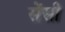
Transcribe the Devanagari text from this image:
सेंसी